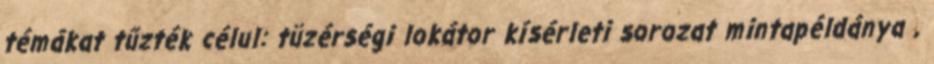
témákat tűzték célul: tüzérségi lokátor kísérleti sorozat mintapéldánya ,